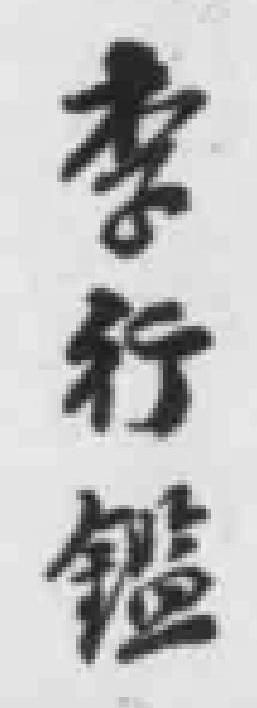
李行鑑